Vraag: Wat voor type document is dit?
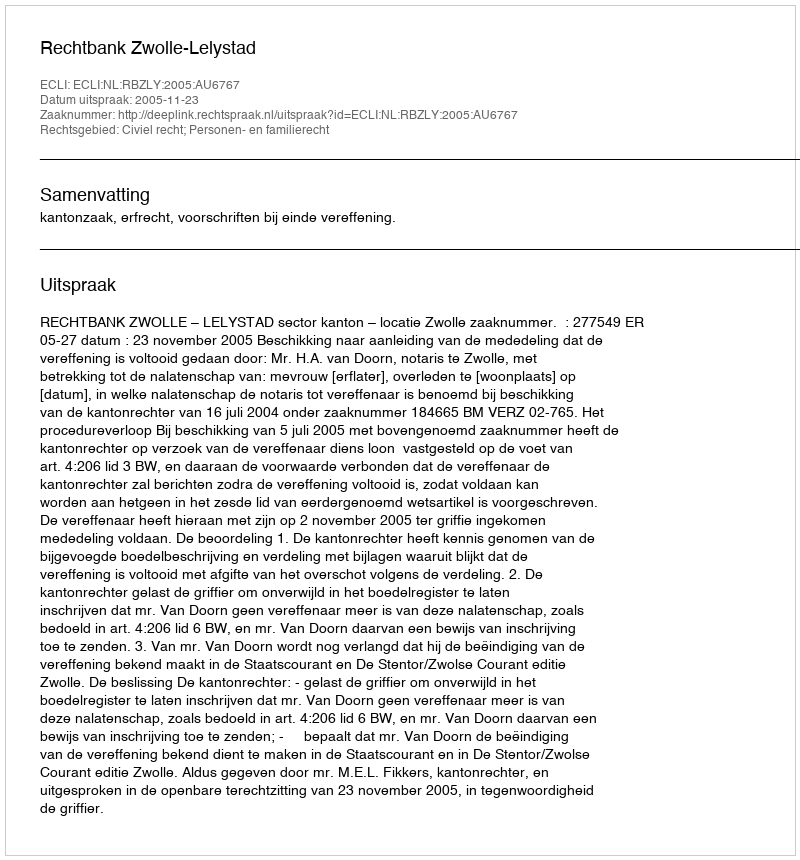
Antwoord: Uitspraak